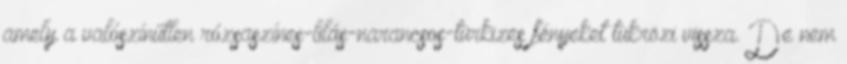
amely a valószínűtlen rózsaszínes-lilás-narancsos-türkizes fényeket tükrözi vissza. De nem